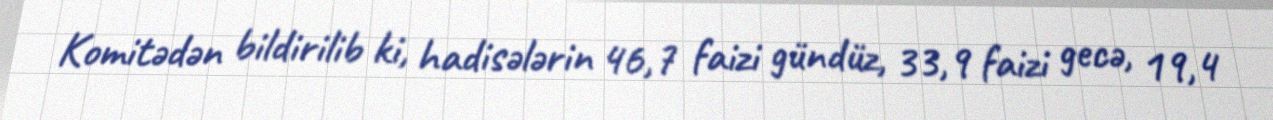
Komitədən bildirilib ki, hadisələrin 46,7 faizi gündüz, 33,9 faizi gecə, 19,4